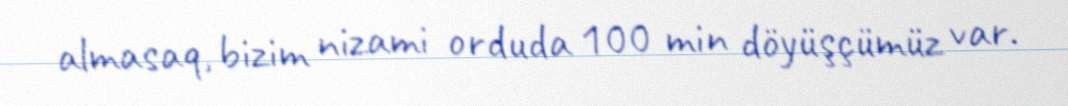
almasaq, bizim nizami orduda 100 min döyüşçümüz var.